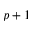
p + 1